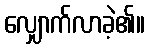
လျှောက်လာခဲ့၏။